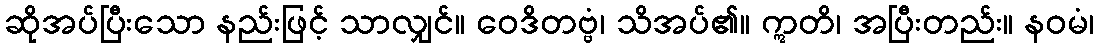
ဆိုအပ်ပြီးသော နည်းဖြင့် သာလျှင်။ ဝေဒိတဗ္ဗံ၊ သိအပ်၏။ ဣတိ၊ အပြီးတည်း။ နဝမံ၊